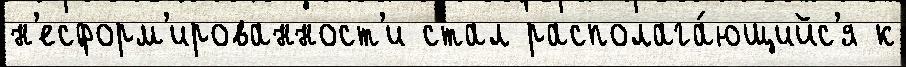
н'есформ'ированност'и стал располага́ющийс'я к